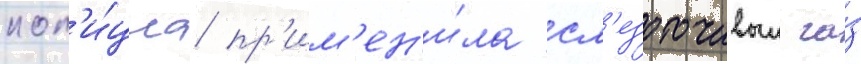
пол'и́циа пр'им'ен'и́ла сл'езоточивыи га́з